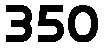
350